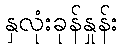
နှလုံးခုန်နှုန်း